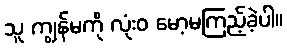
သူ ကျွန်မကို လုံးဝ မော့မကြည့်ခဲ့ပါ။